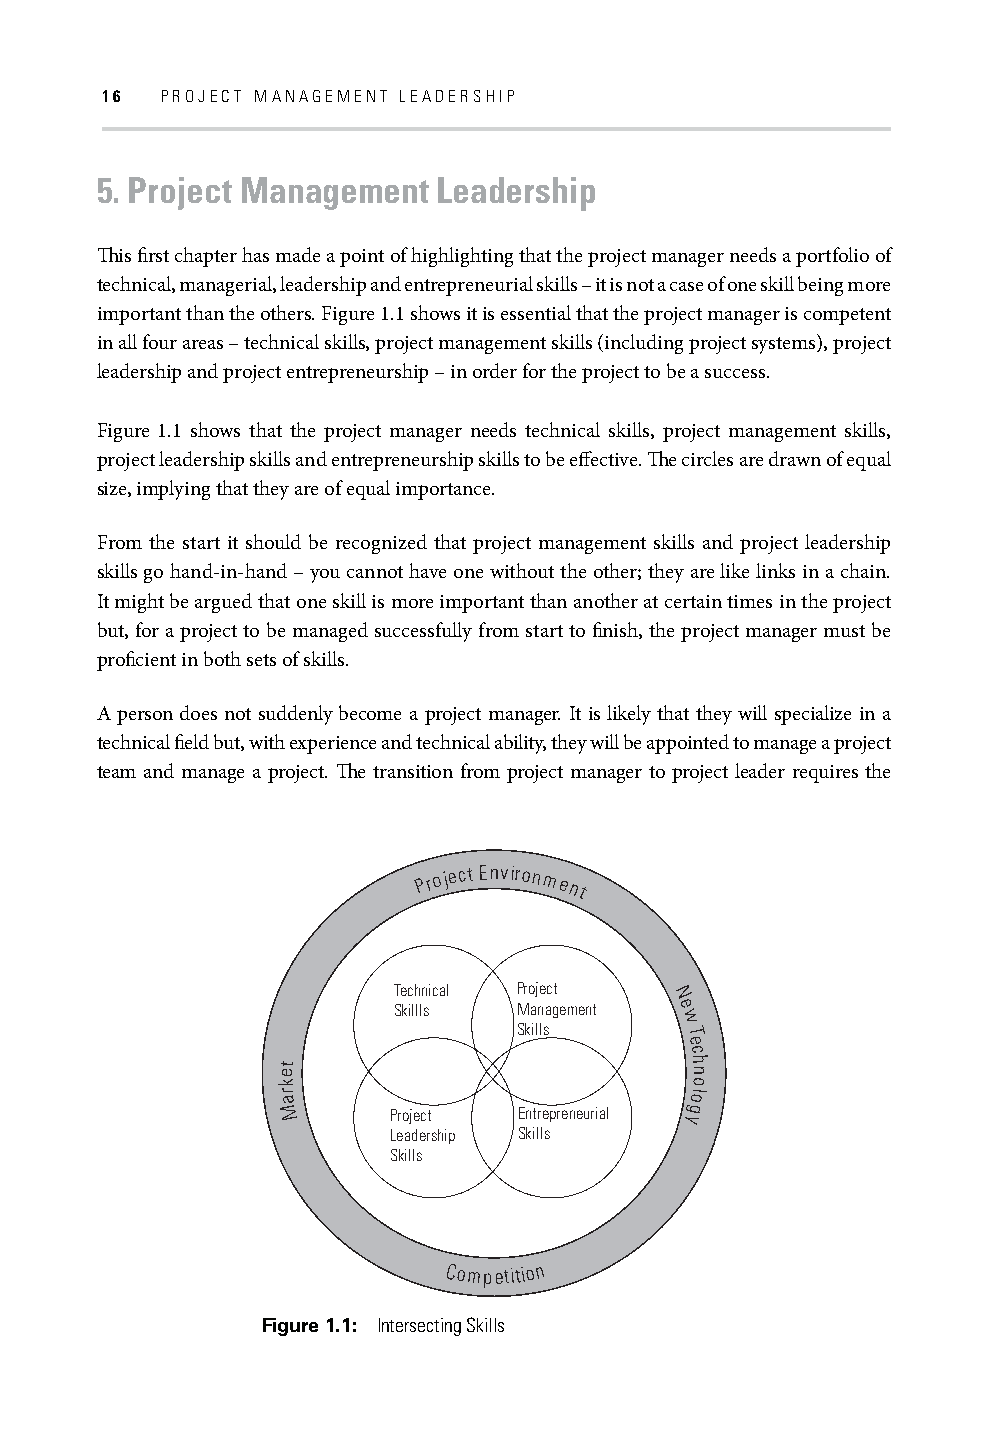
16  PROJECT MANAGEMENT LEADERSHIP
 5. Project Management  Leadership
 Th is fi rst chapter has made a point of highlighting that the project manager needs a portfolio of
 technical, managerial, leadership and entrepreneurial skills – it is not a case of one skill being more
 important than the others. Figure 1.1 shows it is essential that the project manager is competent
 in all four areas – technical skills, project management skills (including project systems), project
 leadership and project entrepreneurship – in order for the project to be a success.
 Figure 1.1 shows that the project manager needs technical skills, project management skills,
 project leadership skills and entrepreneurship skills to be eff ective. Th e circles are drawn of equal
 size, implying that they are of equal importance.
 From the start it should be recognized that project management skills and project leadership
 skills go hand-in-hand – you cannot have one without the other; they are like links in a chain.
 It might be argued that one skill is more important than another at certain times in the project
 but, for a project to be managed successfully from start to fi nish, the project manager must be
 profi cient in both sets of skills.
 A person does not suddenly become a project manager. It is likely that they will specialize in a
 technical fi eld but, with experience and technical ability, they will be appointed to manage a project
 team and manage a project. Th e transition from project manager to project leader requires the
 P ro ject Environment
 Technical Project
 N
 Skillls Management e
 w
 Skills
 T
 e
 c
 et                          h n
 k                           o
 r
 a
 ol
 M       Project Entrepreneurial g
 y
 Leadership Skills
 Skills
 Competition
 Figure 1.1: Intersecting Skills